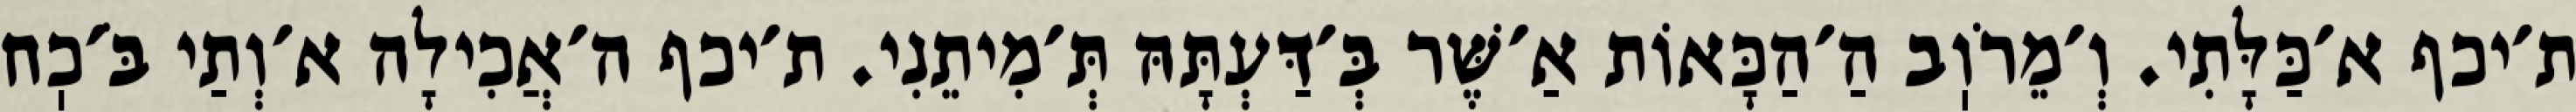
ת׳יכף א׳כַּלָּתִי. וְ׳מֵרֹוֽב הַ׳הַכָּאוֹת אַ׳שֶּׁר בְּ׳דַּעְתָּהּ תְּ׳מִיתֵנִי. ת׳יכף ה׳אֲכִילָה א׳וְתַי בֹּ׳כֽח